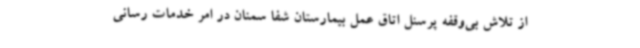
از تلاش بی‌وقفه پرسنل اتاق عمل بیمارستان شفا سمنان در امر خدمات رسانی